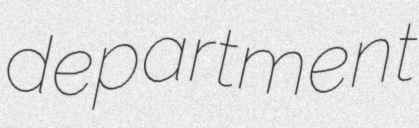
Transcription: department